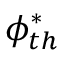
\phi _ { t h } ^ { * }